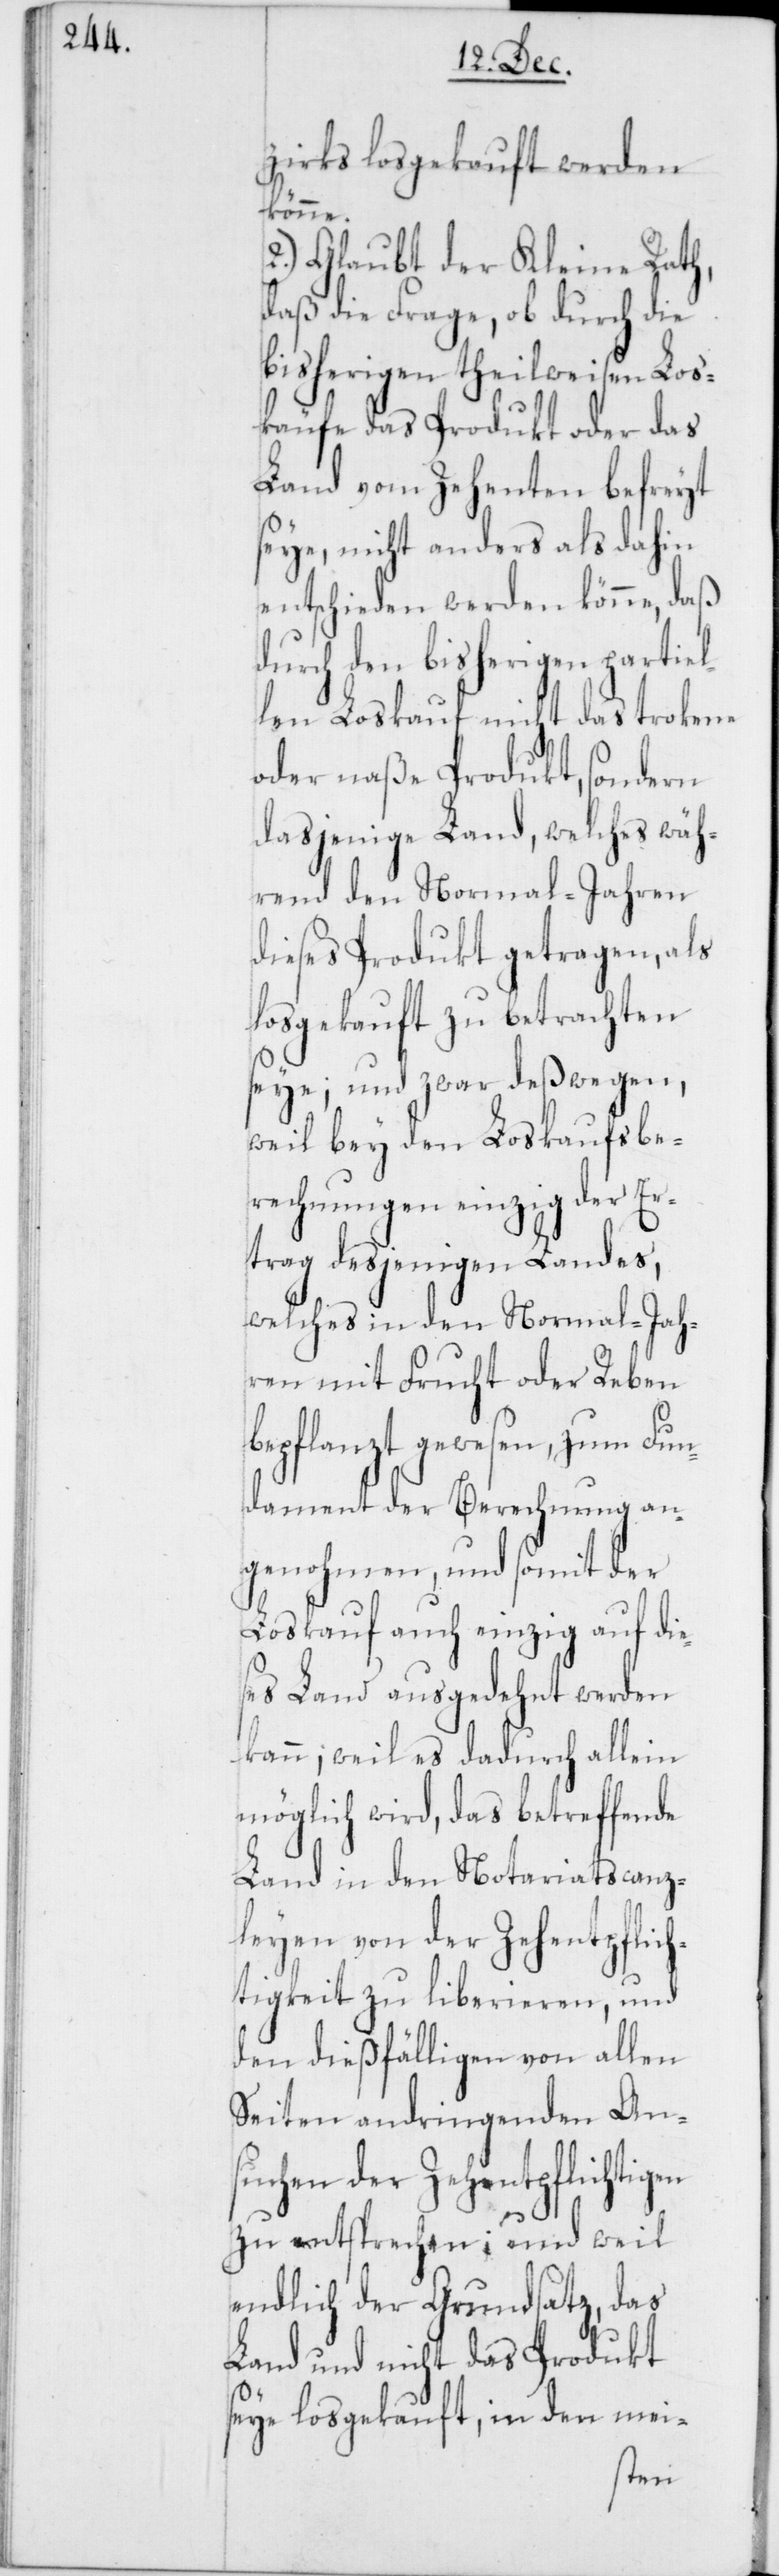
zirks losgekauft werden
könne.
2.) Glaubt der Kleine Rath,
daß die Frage, ob durch die
bisherigen theilweisen Los¬
käufe das Produkt oder das
Land vom Zehenten befreyt
seye, nicht anders als dahin
entschieden werden könne, daß
durch den bisherigen partiel¬
len Loskauf nicht das trokene
oder naße Produkt, sondern
dasjenige Land, welches wäh¬
rend den Normal-Jahren
dieses Produkt getragen, als
losgekauft zu betrachten
seye; und zwar deßwegen,
weil bey den Loskaufsbe¬
rechnungen einzig der Er¬
trag desjenigen Landes,
welches in den Normaljah¬
ren mit Frucht oder Reben
bepflanzt gewesen, zum Fun¬
dament der Berechnung an¬
genohmen, und somit der
Loskauf auch einzig auf die¬
ses Land ausgedehnt werden
kann; weil es dadurch allein
möglich wird, das betreffende
Land in den Notariatscanz¬
leyen von der Zehentpflich¬
tigkeit zu liberieren, und
den dießfälligen von allen
Seiten andringenden Ans¬
uchen der Zehentpflichtig¬
zu entsprechen; und weil
endlich der Grundsatz, das
Land und nicht das Produkt
seye losgekauft, in den mei-
en